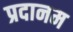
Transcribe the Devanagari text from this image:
प्रदानम